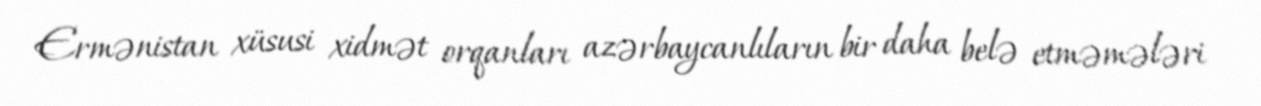
Ermənistan xüsusi xidmət orqanları azərbaycanlıların bir daha belə etməmələri